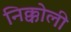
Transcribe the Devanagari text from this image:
निक्कोली